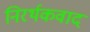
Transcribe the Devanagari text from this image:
निरर्थकवाद